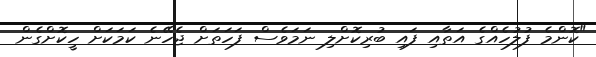
"ކޮންމެ ފުލުހެއްގެ އަތާއި ފައި ބުރިކޮށްލި ނަމަވެސް ފަހަތަށް ޖެހޭނެ ކަމަކަށް ހީކޮށްގެން